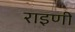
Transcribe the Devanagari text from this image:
राइणी